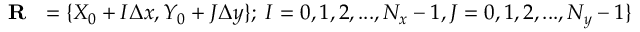
\mathrm { ~ { ~ \bf ~ R ~ } ~ } = \{ X _ { 0 } + I \Delta x , Y _ { 0 } + J \Delta y \} ; \; I = 0 , 1 , 2 , . . . , N _ { x } - 1 , J = 0 , 1 , 2 , . . . , N _ { y } - 1 \}